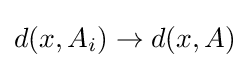
d(x,A_{i})\to d(x,A)